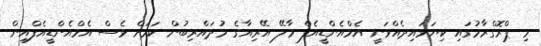
މި ޕްރޮގްރާމުގައި ކިޔަވައިދެއްވަނީ އެމްއެންޑީއެފް މާލޭ އޭރިއާގެ މުދައްރިބުން ކަމަށް ވެސް އެމްއެންޑީއެފްއިން